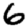
Digit: 6